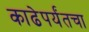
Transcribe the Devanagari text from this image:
काढेपर्यंतचा